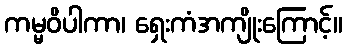
ကမ္မဝိပါကာ၊ ရှေးကံအကျိုးကြောင့်။